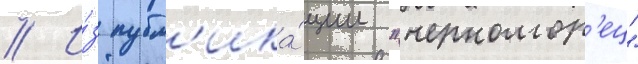
// И́з публ'ика́ции "черномор'ец"